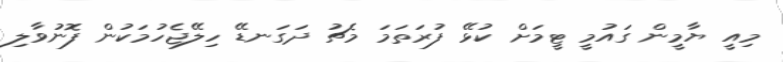
މިއީ ޔާމީން ގައުމީ ޓީމަށް ކުޅޭ ފުރަތަމަ މެޗު ދަގަނޑޭ ހިލޭޖެހުމަކުން ފޮނުވާލި